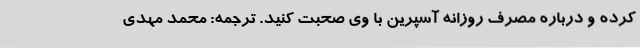
کرده و درباره مصرف روزانه آسپرین با وی صحبت کنید. ترجمه: محمد مهدی